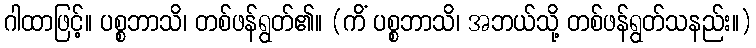
ဂါထာဖြင့်။ ပစ္စဘာသိ၊ တစ်ဖန်ရွတ်၏။ (ကိံ ပစ္စဘာသိ၊ အဘယ်သို့ တစ်ဖန်ရွတ်သနည်း။)